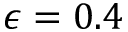
\epsilon = 0 . 4